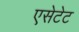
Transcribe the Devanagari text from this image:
एसेटेट